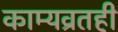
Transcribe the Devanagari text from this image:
काम्यव्रतही